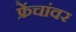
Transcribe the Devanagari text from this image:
फ्रेंचांवर